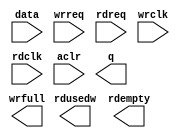
module fifo_ddr_init_ins (
		input  wire [160:0] data,    //  fifo_input.datain
		input  wire         wrreq,   //            .wrreq
		input  wire         rdreq,   //            .rdreq
		input  wire         wrclk,   //            .wrclk
		input  wire         rdclk,   //            .rdclk
		input  wire         aclr,    //            .aclr
		output wire [160:0] q,       // fifo_output.dataout
		output wire [7:0]   rdusedw, //            .rdusedw
		output wire         rdempty, //            .rdempty
		output wire         wrfull   //            .wrfull
	);
endmodule